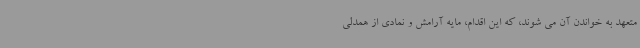
متعهد به خواندن آن می شوند، که این اقدام، مایه آرامش و نمادی از همدلی